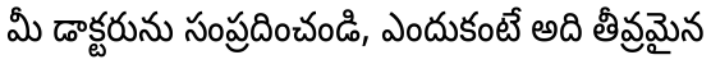
మీ డాక్టరును సంప్రదించండి, ఎందుకంటే అది తీవ్రమైన